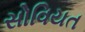
સોવિયત